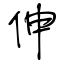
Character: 伸